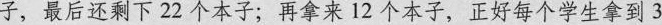
子，最后还剩下22个本子；再拿来12个本子，正好每个学生拿到3